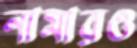
নামারও